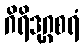
ဂိရိဒုဂ္ဂစရံ